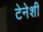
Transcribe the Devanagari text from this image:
टेनेशी